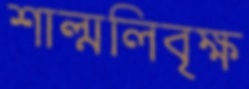
শাল্মলিবৃক্ষ